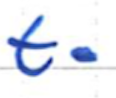
Text: to
Cross-out: clean
Writing tool: ballpoint